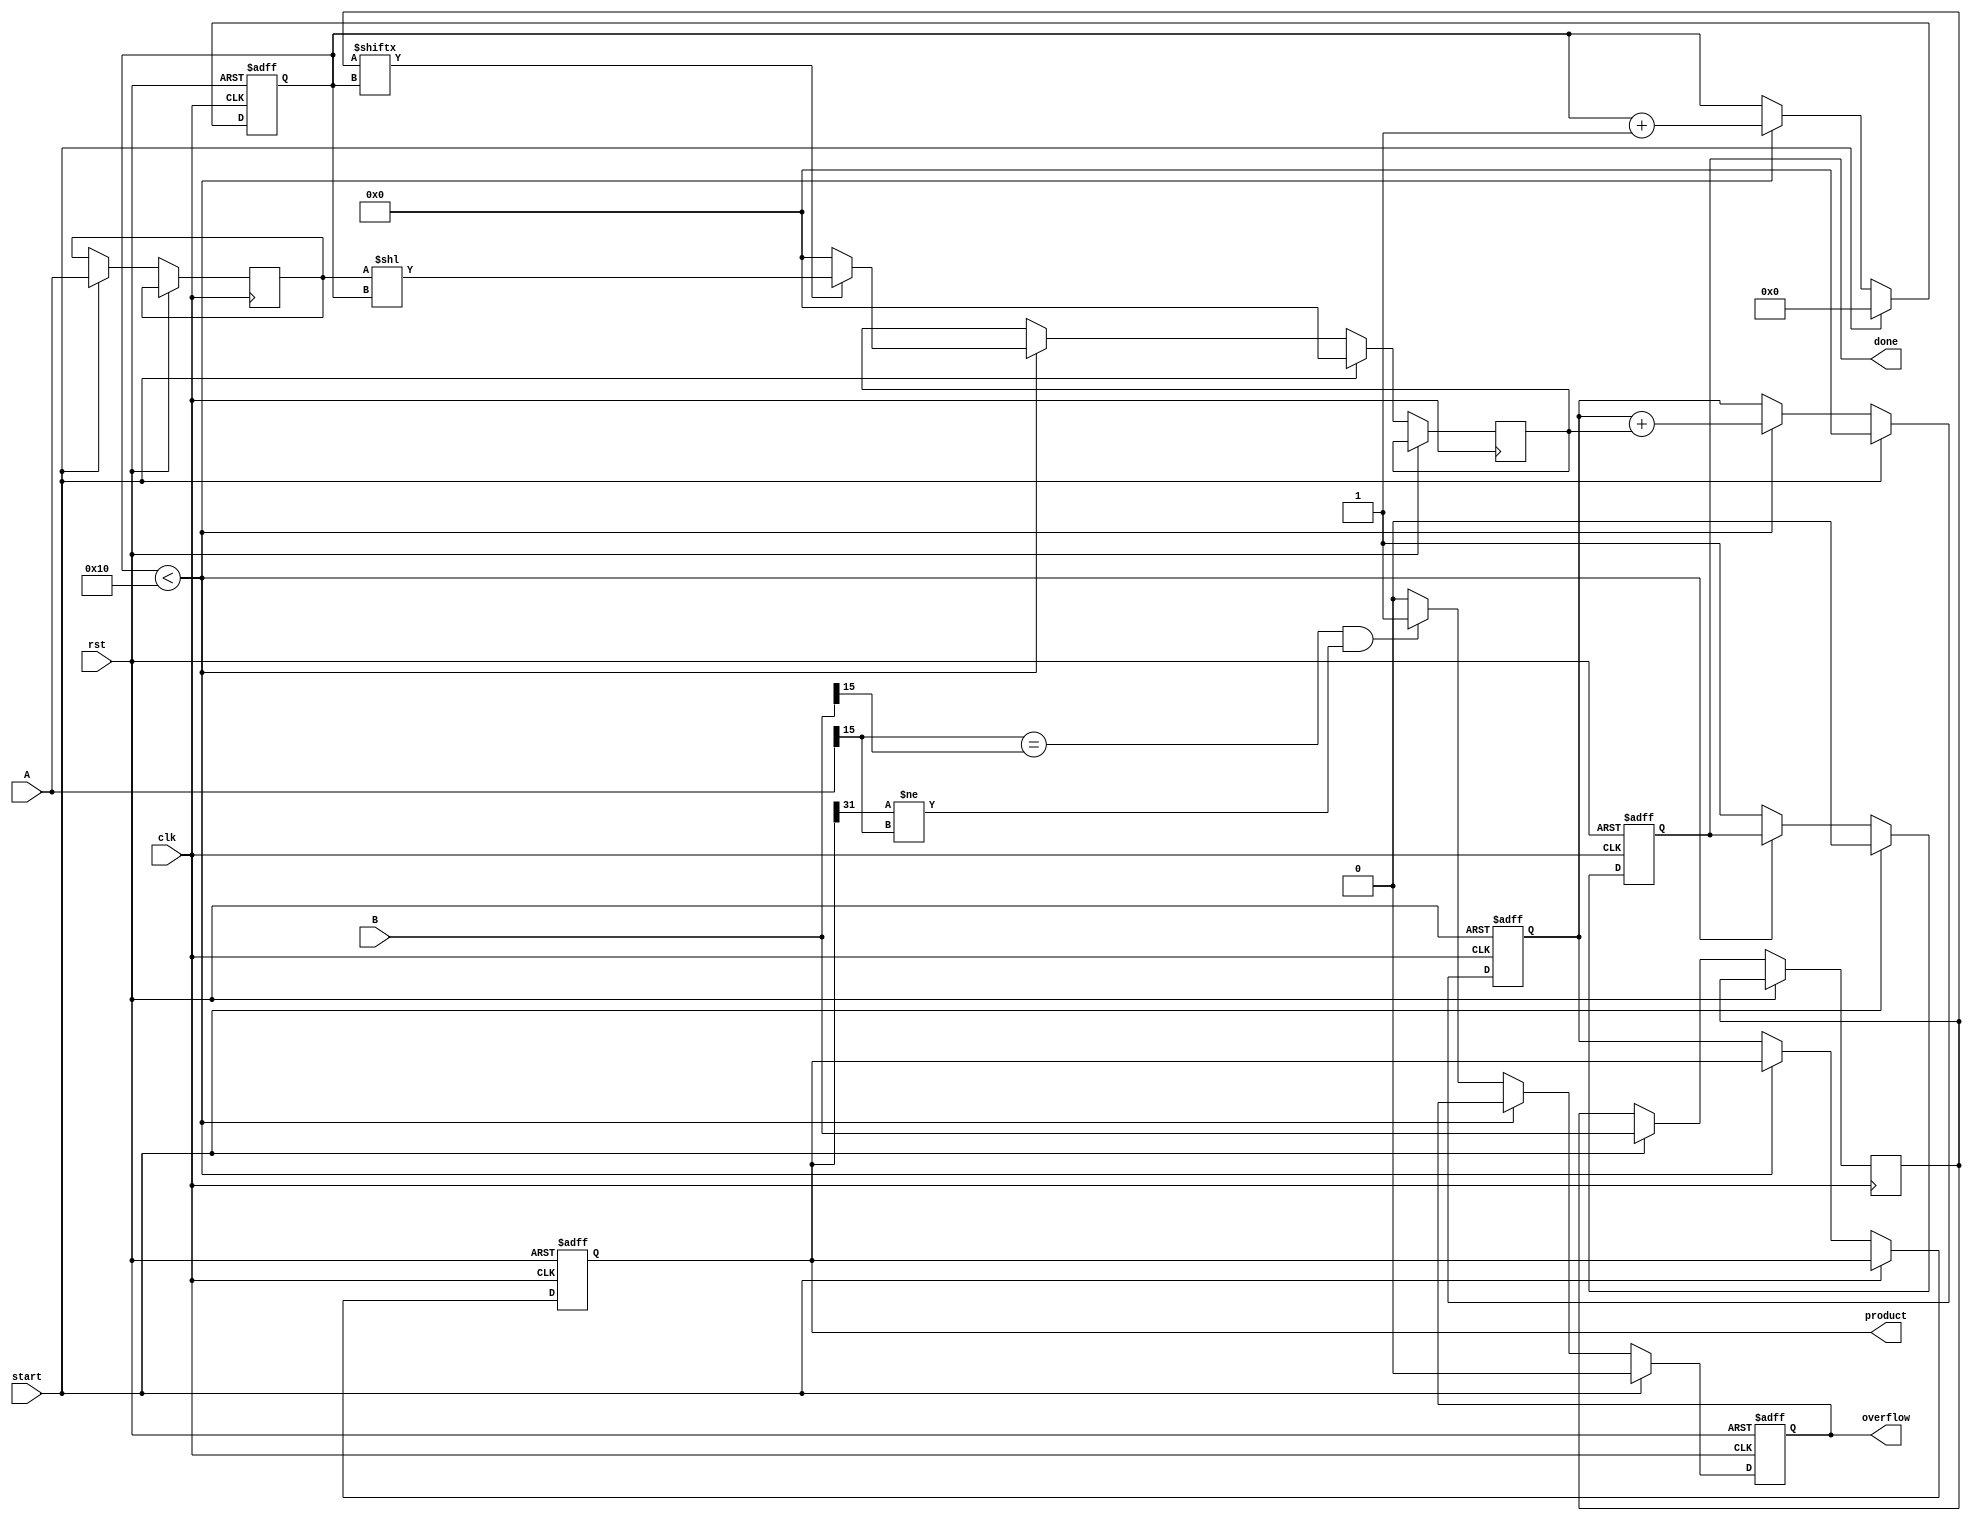
module radix2_multiplier (
    input wire clk,
    input wire rst,
    input wire start,
    input wire signed [15:0] A, // Multiplicand
    input wire signed [15:0] B, // Multiplier
    output reg signed [31:0] product, // Final product
    output reg done, // Indicates multiplication is complete
    output reg overflow // Overflow detection flag
);

    reg [15:0] multiplicand;
    reg [15:0] multiplier;
    reg [31:0] partial_product;
    reg [4:0] count; // To track the number of bits processed
    reg [31:0] sum; // Accumulated sum

    always @(posedge clk or posedge rst) begin
        if (rst) begin
            product <= 0;
            done <= 0;
            overflow <= 0;
            count <= 0;
            sum <= 0;
        end else if (start) begin
            // Load inputs into registers
            multiplicand <= A;
            multiplier <= B;
            partial_product <= 0;
            sum <= 0;
            count <= 0;
            done <= 0;
            overflow <= 0;
        end else if (count < 16) begin
            // Generate partial product based on the current bit of the multiplier
            if (multiplier[count]) begin
                partial_product <= multiplicand << count; // Shift left by bit position
            end else begin
                partial_product <= 0;
            end
            
            // Accumulate the partial products
            sum <= sum + partial_product;
            count <= count + 1;
        end else begin
            // Final product assignment
            product <= sum;
            done <= 1;

            // Overflow detection
            if ((A[15] == B[15]) && (product[31] != A[15])) begin
                overflow <= 1; // Overflow occurred
            end else begin
                overflow <= 0;
            end
        end
    end
endmodule